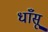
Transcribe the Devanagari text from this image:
धाँसू